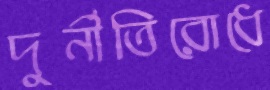
দুর্নীতিরোধে